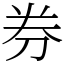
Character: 券